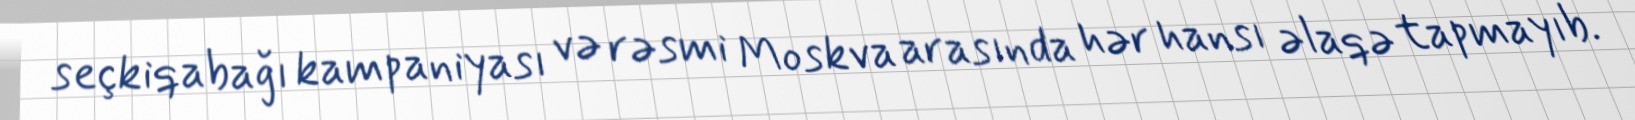
seçkiqabağı kampaniyası və rəsmi Moskva arasında hər hansı əlaqə tapmayıb.